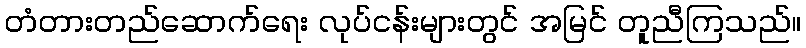
တံတားတည်ဆောက်ရေး လုပ်ငန်းများတွင် အမြင် တူညီကြသည်။